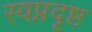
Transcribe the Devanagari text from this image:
स्वप्नदृष्ट